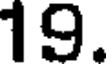
19.